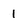
Character: 1